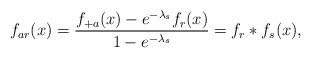
LaTeX: \begin{align*} f_{ar}(x) = \frac{f_{+a}(x)-e^{-\lambda_s}f_r(x)}{1-e^{-\lambda_s}}=f_r\ast f_s(x),\end{align*}